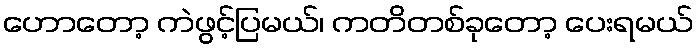
ဟောတော့ ကဲဖွင့်ပြမယ်၊ ကတိတစ်ခုတော့ ပေးရမယ်